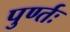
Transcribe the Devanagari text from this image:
पुर्ण्तः